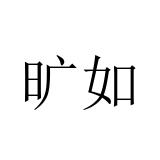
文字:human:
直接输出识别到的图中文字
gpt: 旷如